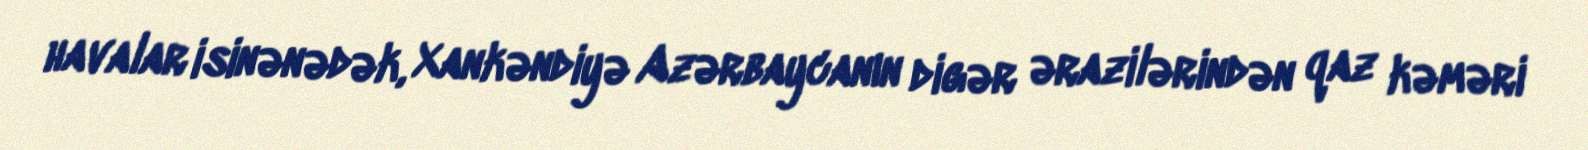
havalar isinənədək, Xankəndiyə Azərbaycanın digər ərazilərindən qaz kəməri